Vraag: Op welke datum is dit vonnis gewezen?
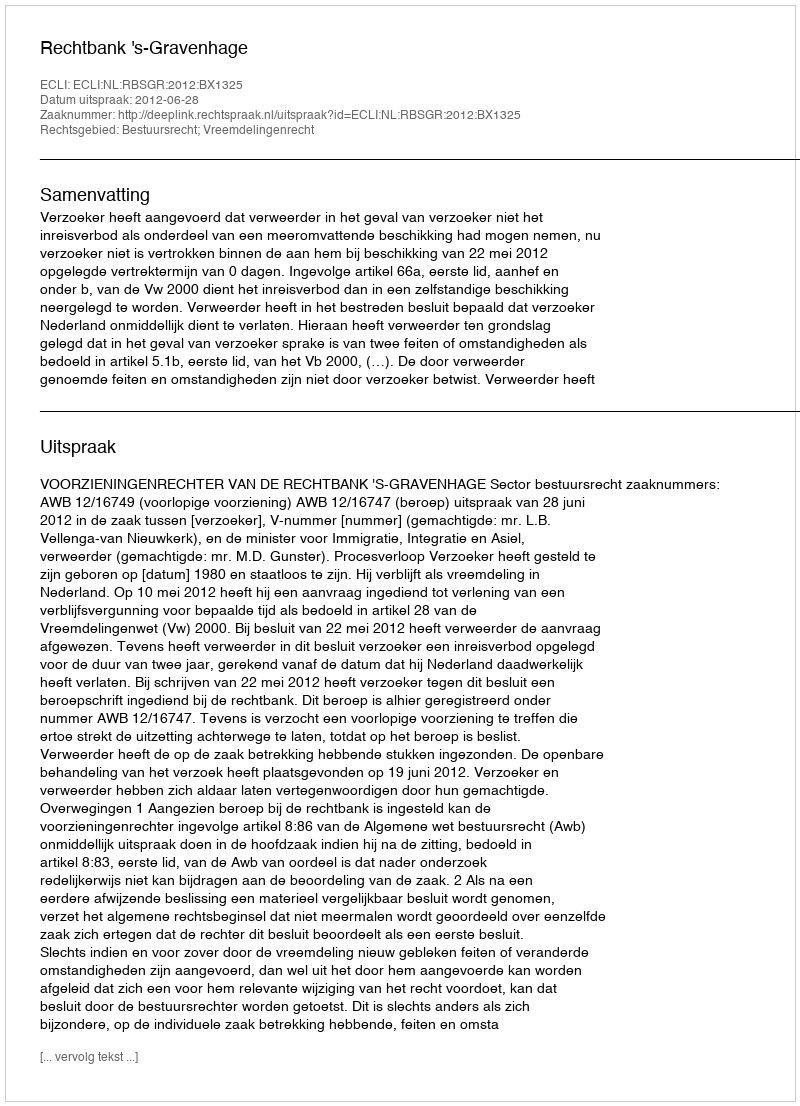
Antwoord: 2012-06-28